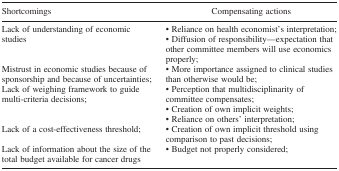
<table><thead><tr><td><b>Shortcomings</b></td><td><b>Compensating actions</b></td></tr></thead><tbody><tr><td>Lack of understanding of economic studies</td><td>• Reliance on health economist&#x27;s interpretation;• Diffusion of responsibility—expectation that other committee members will use economics properly;</td></tr><tr><td>Mistrust in economic studies because of sponsorship and because of uncertainties;</td><td>• More importance assigned to clinical studies than otherwise would be;</td></tr><tr><td>Lack of weighing framework to guide multi‐criteria decisions;</td><td>• Perception that multidisciplinarity of committee compensates;• Creation of own implicit weights;• Reliance on others&#x27; interpretation;</td></tr><tr><td>Lack of a cost‐effectiveness threshold;</td><td>• Creation of own implicit threshold using comparison to past decisions;</td></tr><tr><td>Lack of information about the size of the total budget available for cancer drugs</td><td>• Budget not properly considered;</td></tr></tbody></table>